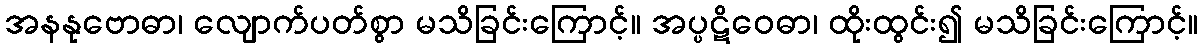
အနနုဗောဓာ၊ လျောက်ပတ်စွာ မသိခြင်းကြောင့်။ အပ္ပဋိဝေဓာ၊ ထိုးထွင်း၍ မသိခြင်းကြောင့်။